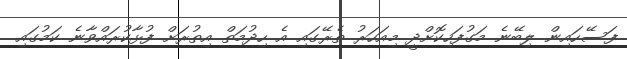
ފަސޭހައިން ލިބޭނެ މަގުފަހިކޮށްދީ މިއަހަރު ތެރޭގައި އެ ހިދުމަތް އިތުރަށް ފުޅާކުރައްވާނެ ކަމުގައި